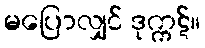
မပြောလျှင် ဒုက္ကဋ်။